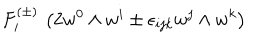
F _ { i } ^ { ( \pm ) } \, \left( 2 w ^ { 0 } \wedge w ^ { i } \pm \epsilon _ { i j k } w ^ { j } \wedge w ^ { k } \right)